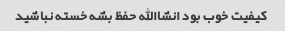
کیفیت خوب بود انشاالله حفظ بشه خسته نباشید